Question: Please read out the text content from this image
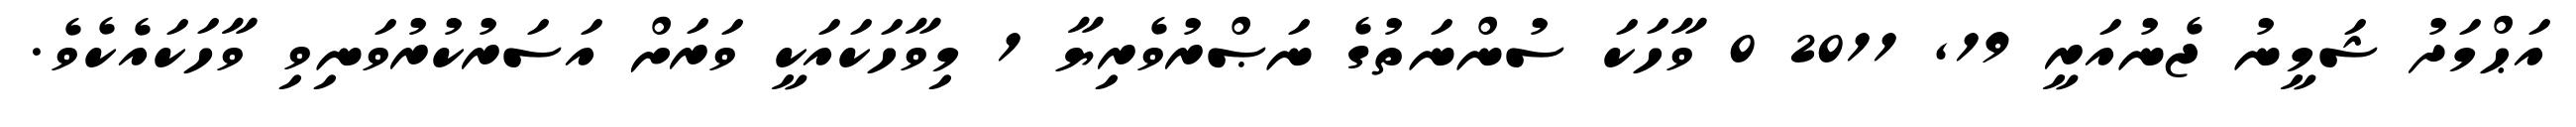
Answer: އަޙްމަދު ޝަމީނު ޖެނުއަރީ 19, 2011 0 ވާހަކަ ސުންނަތުގެ ނަޞްރުވެރިޔާ 1 މިވާހަކައަކީ ވަރަށް އަސަރުކުރުވަނިވި ވާހަކައެކެވެ.